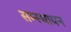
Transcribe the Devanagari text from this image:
सम्स्थापन